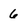
Character: 6